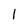
Character: 1